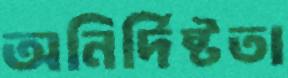
অনির্দিষ্টতা